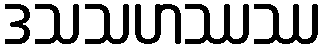
ဒသသဟဿဿ